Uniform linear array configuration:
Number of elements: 48
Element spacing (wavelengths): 0.75
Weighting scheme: hann
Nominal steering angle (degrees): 0
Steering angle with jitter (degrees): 0.548
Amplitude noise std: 0.05
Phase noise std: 0.05

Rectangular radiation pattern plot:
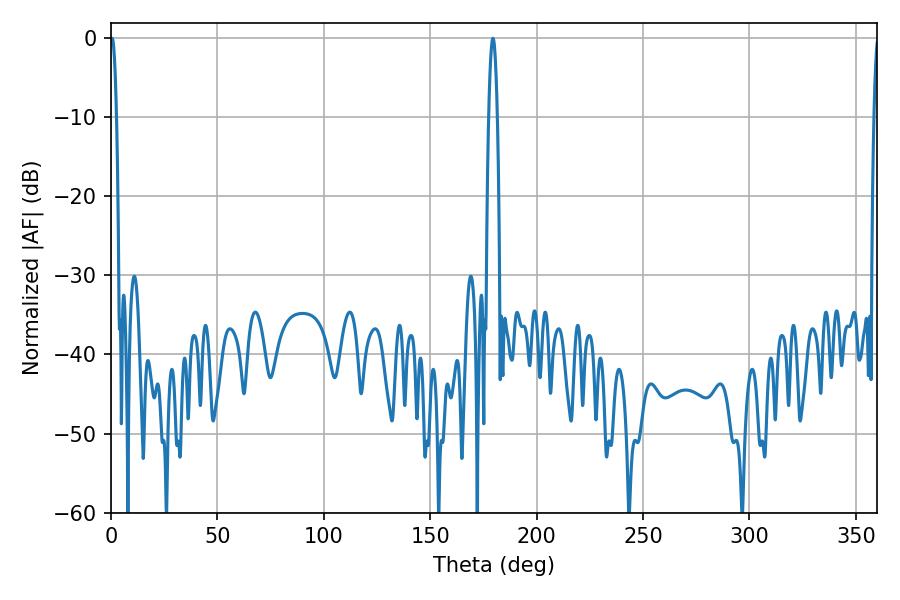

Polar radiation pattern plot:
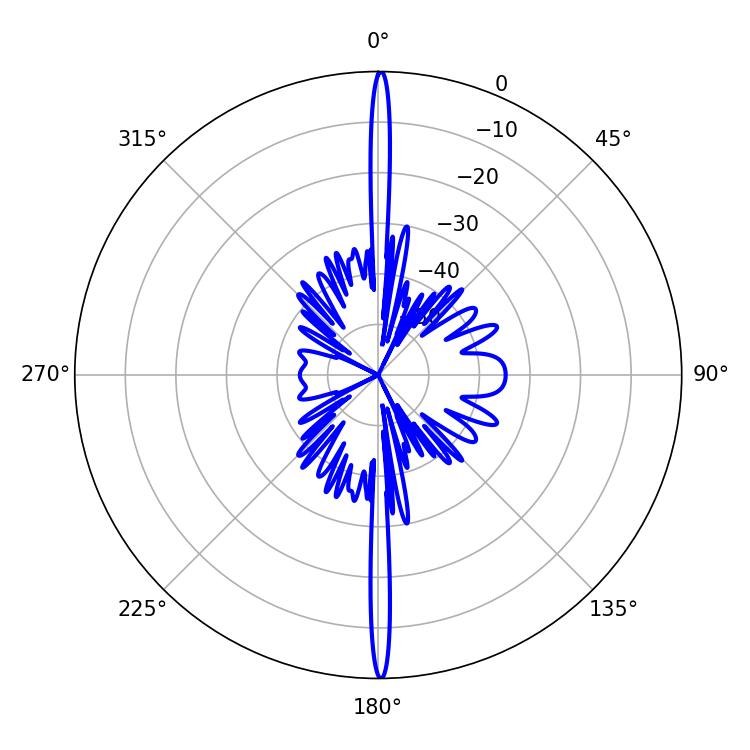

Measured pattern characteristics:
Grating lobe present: TRUE
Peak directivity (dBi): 33.205
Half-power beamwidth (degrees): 1.62
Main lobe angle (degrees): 0.54